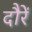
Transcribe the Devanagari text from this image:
दौरें